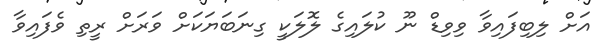
އަށް ލިބިފައިވާ ވިވިޑް ނޫ ކުލައިގެ ލޮލަކީ ގިނަބަޔަކަށް ވަރަށް ރީތި ވެފައިވާ